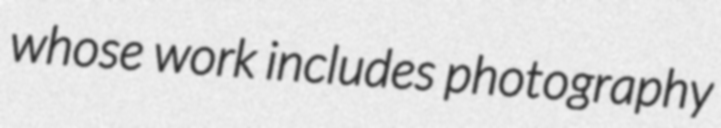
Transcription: whose work includes photography